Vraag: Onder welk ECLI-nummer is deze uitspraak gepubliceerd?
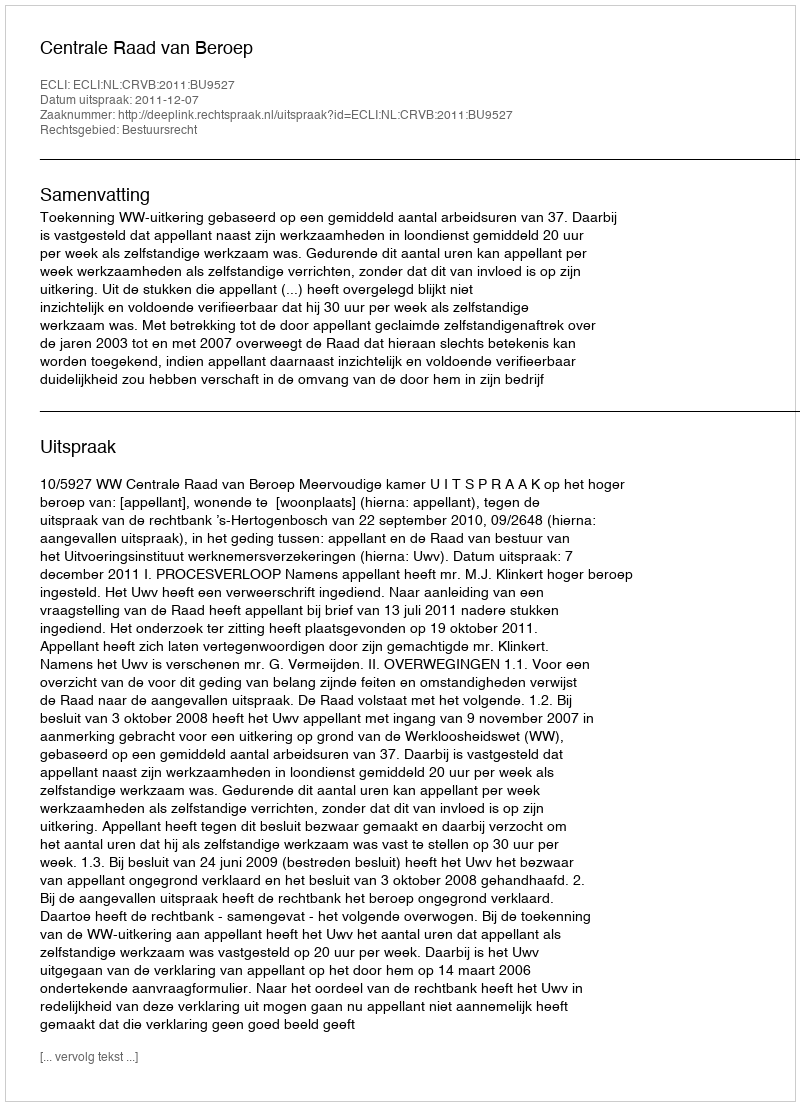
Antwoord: ECLI:NL:CRVB:2011:BU9527